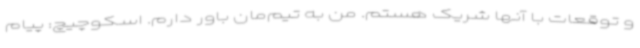
و توقعات با آنها شریک هستم. من به تیم‌مان باور دارم. اسکوچیچ: پیام